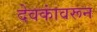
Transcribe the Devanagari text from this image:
देवकांवरून